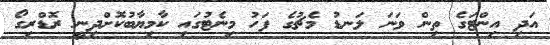
އަދި އިންޓަގެ ތިން ވަނަ ލަނޑު މެޗުގެ ފަހު މިނެޓުގައި ކާމިޔާބުކޮށްދިނީ ރޮޑްރިގޯ